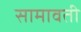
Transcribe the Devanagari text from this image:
सामावती